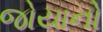
જોયાનો